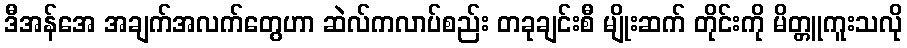
ဒီအန်အေ အချက်အလက်တွေဟာ ဆဲလ်ကလာပ်စည်း တခုချင်းစီ မျိုးဆက် တိုင်းကို မိတ္တူကူးသလို